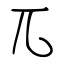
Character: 兀